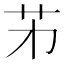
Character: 𦬌